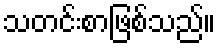
သတင်းစာဖြစ်သည်။